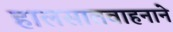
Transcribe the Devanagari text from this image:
हालसातवाहनाने